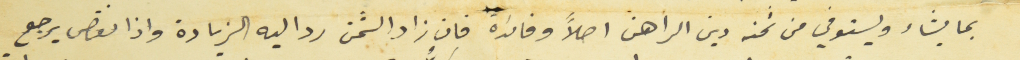
بما يشاء ويستوفي من ثمنه دين الراهن اصلاً وفائدة فان زاد الثمن رد اليه الزيادة واذا نقص يرجع